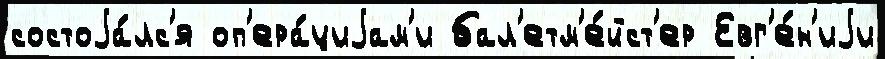
состоjа́лс'я оп'ера́циjам'и бал'етм'е́йст'ер Евг'е́н'иjи